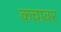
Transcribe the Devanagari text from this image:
कचावर